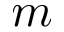
m